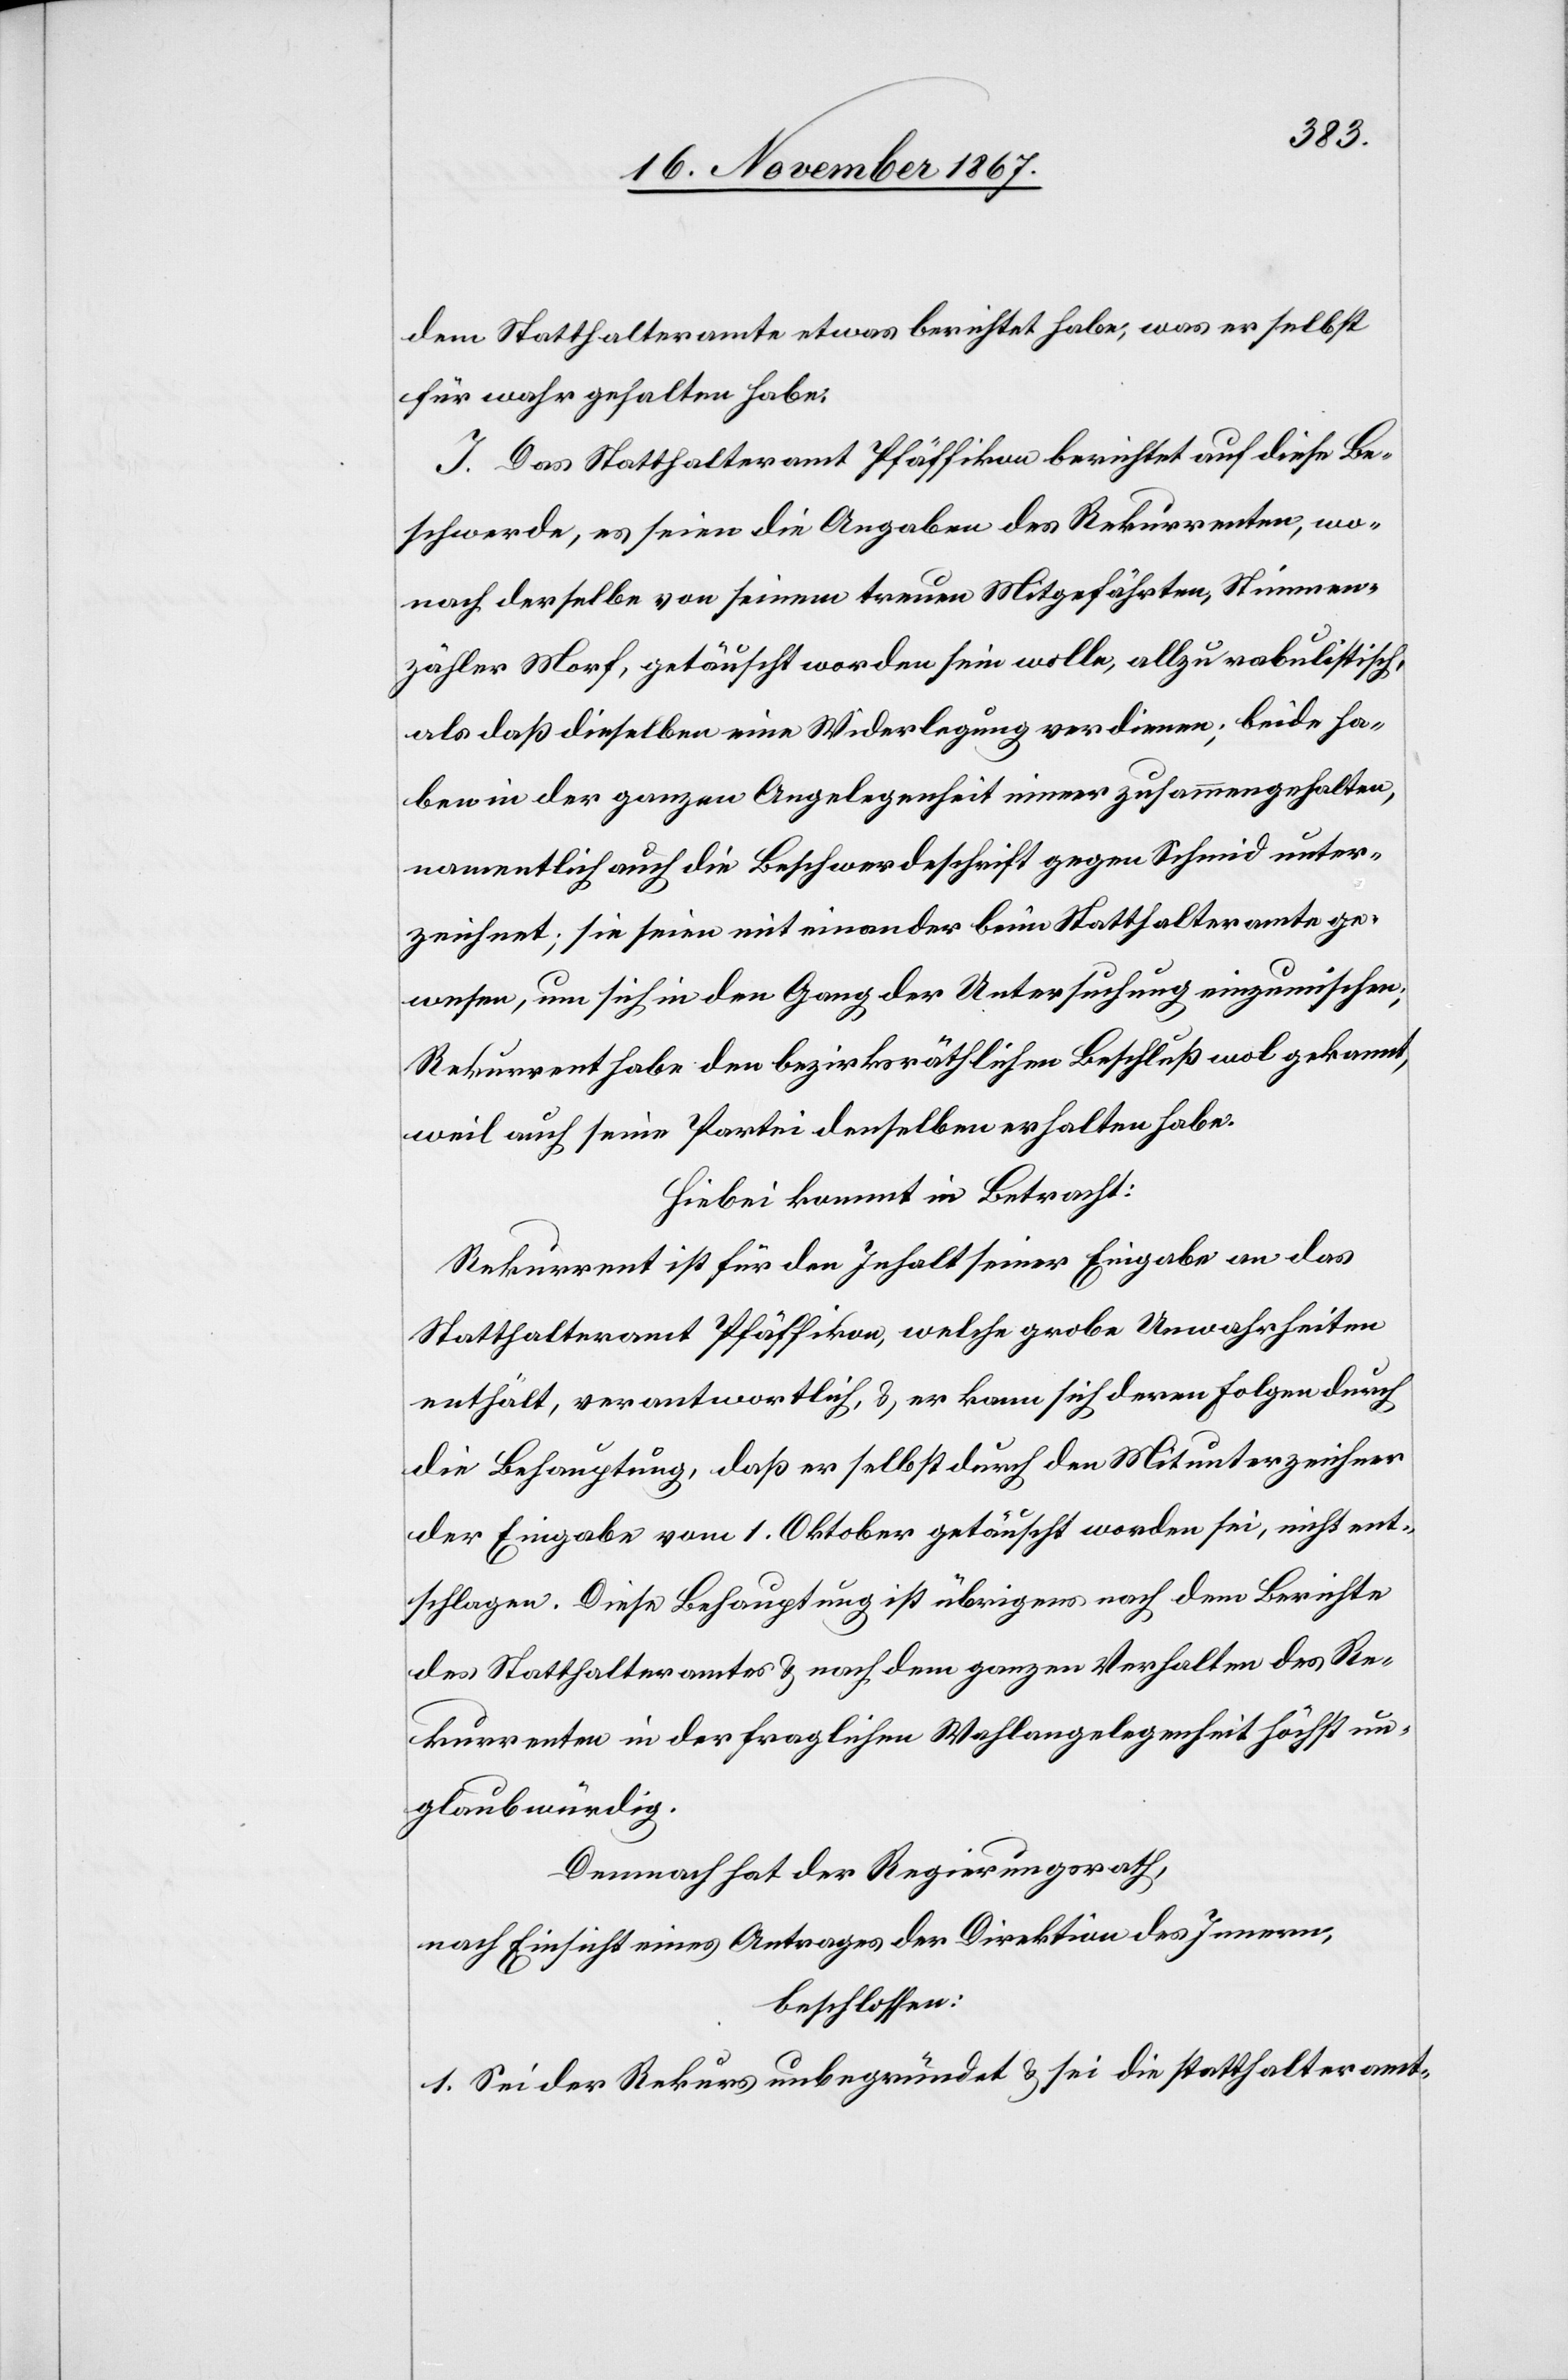
dem Statthalteramte etwas berichtet habe, was er selbst
für wahr gehalten habe.
I. Das Statthalteramt Pfäffikon berichtet auf diese Be¬
schwerde, es seien die Angaben des Rekurrenten, wo¬
nach derselbe von seinem treuen Mitgefährten, Stimmen¬
zähler Morf, getäuscht worden sein wolle, allzu rabulistisch,
als daß dieselben eine Widerlegung verdienen; beide ha¬
ben in der ganzen Angelegenheit immer zusammengehalten,
namentlich auch die Beschwerdeschrift gegen Schmid unter¬
zeichnet; sie seien mit einander beim Statthalteramte ge¬
wesen, um sich in den Gang der Untersuchung einzumischen,
Rekurrent habe den bezirksräthlichen Beschluß wol gekannt,
weil auch seine Partei denselben erhalten habe.
Hiebei kommt in Betracht:
Rekurrent ist für den Inhalt seiner Eingabe an das
Statthalteramt Pfäffikon, welche grobe Unwahrheiten
enthält, verantwortlich, u. er kann sich deren Folgen durch
die Behauptung, daß er selbst durch den Mitunterzeichner
der Eingabe vom 1. Oktober getäuscht worden sei, nicht ent¬
schlagen. Diese Behauptung ist übrigens nach dem Berichte
des Statthalteramtes u. nach dem ganzen Verhalten des Re¬
kurrenten in der fraglichen Wahlangelegenheit höchst un¬
glaubwürdig.
Demnach hat der Regierungsrath,
nach Einsicht eines Antrages der Direktion des Innern,
beschlossen:
1. Sei der Rekurs unbegründet u. sei die statthalteramt-